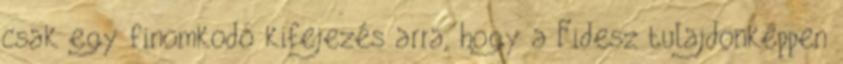
csak egy finomkodó kifejezés arra, hogy a Fidesz tulajdonképpen